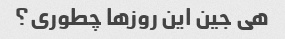
هی جین این روزها چطوری؟